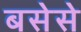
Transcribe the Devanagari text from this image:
बसेसे